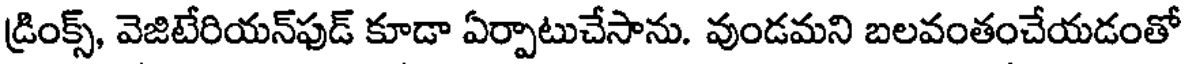
డ్రింక్స్, వెజిటేరియన్ఫుడ్ కూడా ఏర్పాటుచేసాను. వుండమని బలవంతంచేయడంతో